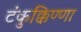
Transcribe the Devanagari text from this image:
टंकुक्किण्णा